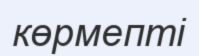
көрмепті